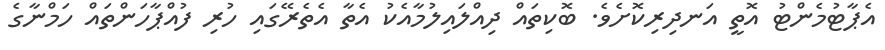
އެޕާޓުމެންޓު އޮތީ އަނދިރިކޮށެވެ. ބޮކިތައް ދިއްލައިލުމާއެކު އެތާ އެތެރޭގައި ހުރި ފުއްޕާހަންތައް ހަމްނާގެ